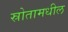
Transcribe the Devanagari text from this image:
स्रोतामधील